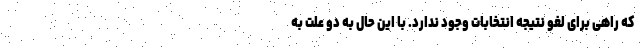
که راهی برای لغو نتیجه انتخابات وجود ندارد. با این حال به دو علت به